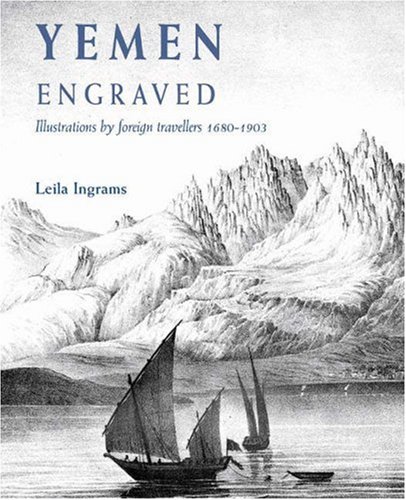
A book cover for Yemen Engraved - Illustrations by Foreign Travellers 1680-1903; Leila Ingrams; History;